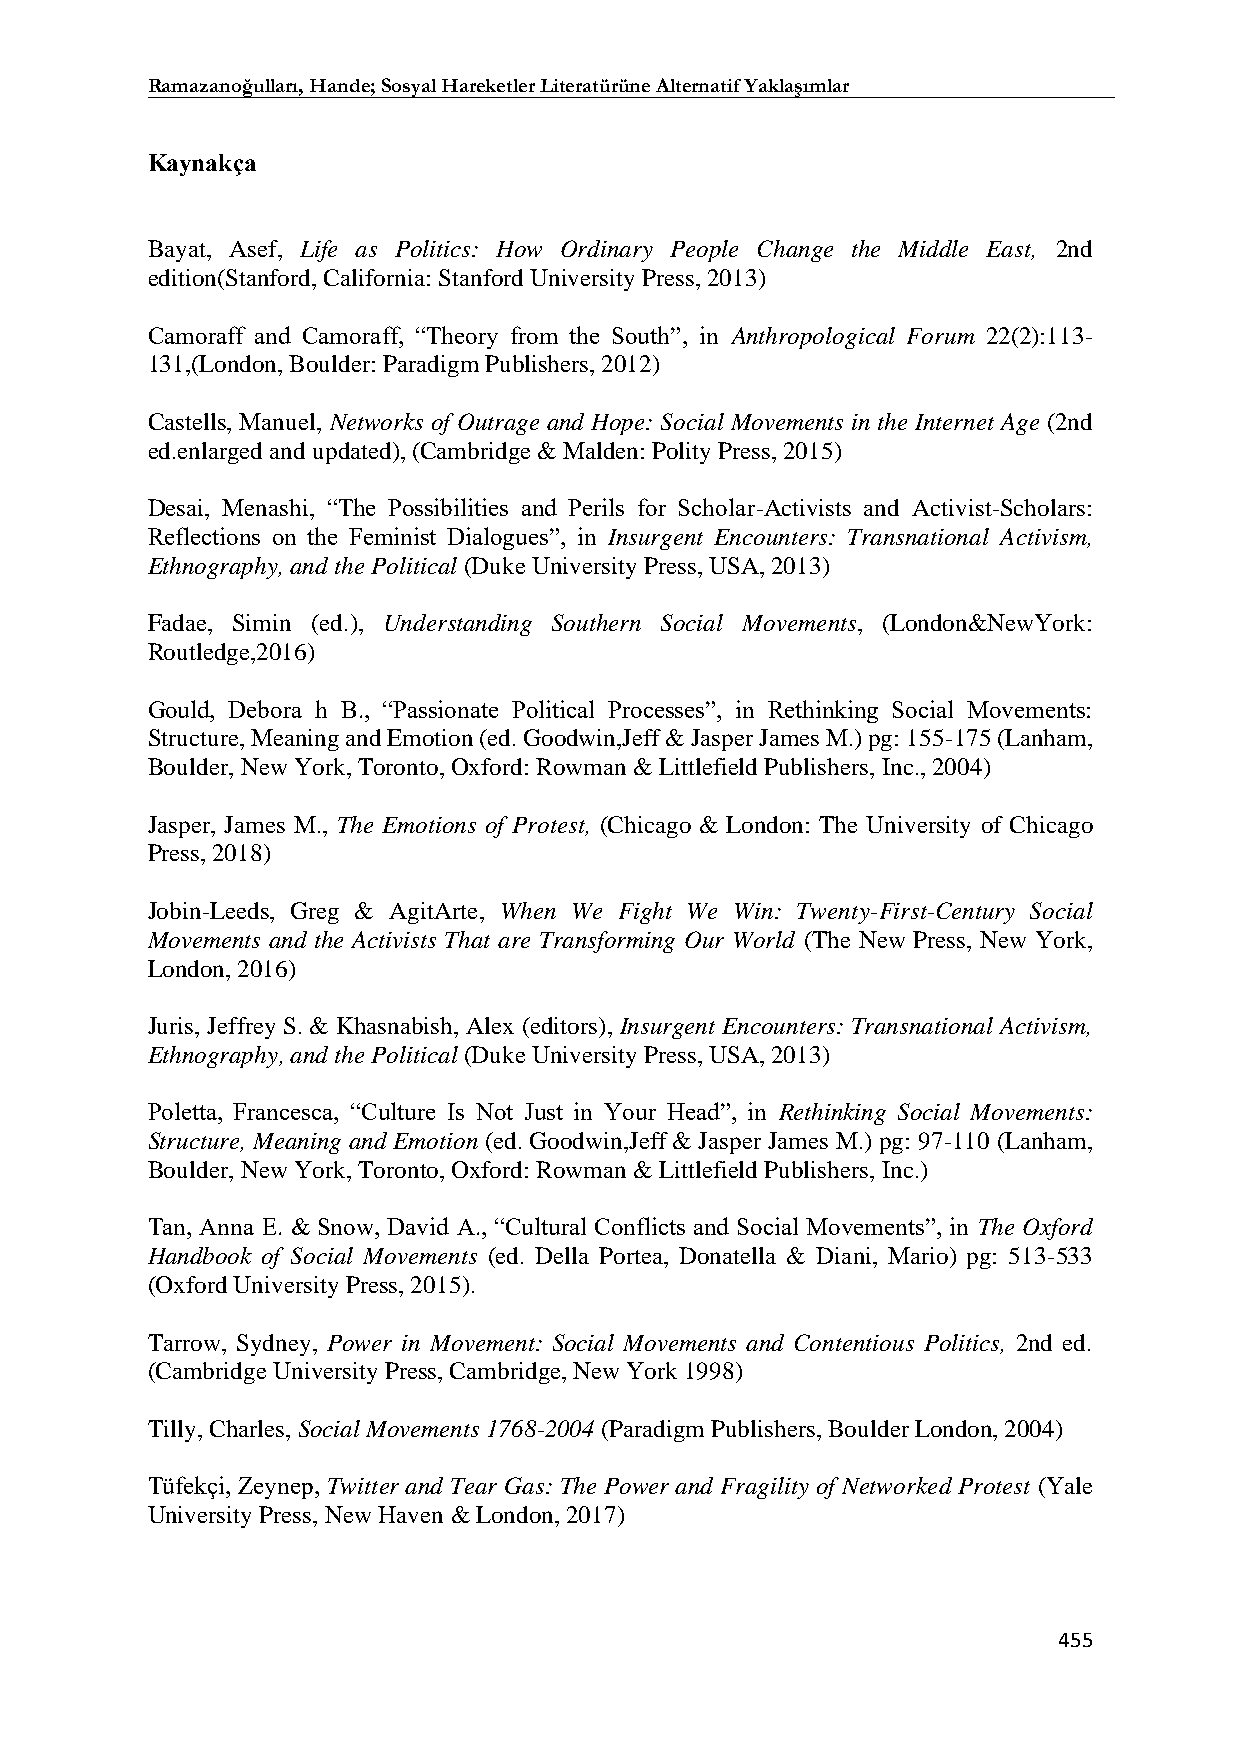
Ramazanoğulları, Hande; Sosyal Hareketler Literatürüne Alternatif Yaklaşımlar
 Kaynakça
 Bayat, Asef, Life as Politics: How Ordinary People Change the Middle East, 2nd
 edition(Stanford, California: Stanford University Press, 2013)
 Camoraff and Camoraff, “Theory from the South”, in Anthropological Forum 22(2):113-
 131,(London, Boulder: Paradigm Publishers, 2012)
 Castells, Manuel, Networks of Outrage and Hope: Social Movements in the Internet Age (2nd
 ed.enlarged and updated), (Cambridge & Malden: Polity Press, 2015)
 Desai, Menashi, “The Possibilities and Perils for Scholar-Activists and Activist-Scholars:
 Reflections on the Feminist Dialogues”, in Insurgent Encounters: Transnational Activism,
 Ethnography, and the Political (Duke University Press, USA, 2013)
 Fadae, Simin (ed.), Understanding Southern Social Movements, (London&NewYork:
 Routledge,2016)
 Gould, Debora h B., “Passionate Political Processes”, in Rethinking Social Movements:
 Structure, Meaning and Emotion (ed. Goodwin,Jeff & Jasper James M.) pg: 155-175 (Lanham,
 Boulder, New York, Toronto, Oxford: Rowman & Littlefield Publishers, Inc., 2004)
 Jasper, James M., The Emotions of Protest, (Chicago & London: The University of Chicago
 Press, 2018)
 Jobin-Leeds, Greg & AgitArte, When We Fight We Win: Twenty-First-Century Social
 Movements and the Activists That are Transforming Our World (The New Press, New York,
 London, 2016)
 Juris, Jeffrey S. & Khasnabish, Alex (editors), Insurgent Encounters: Transnational Activism,
 Ethnography, and the Political (Duke University Press, USA, 2013)
 Poletta, Francesca, “Culture Is Not Just in Your Head”, in Rethinking Social Movements:
 Structure, Meaning and Emotion (ed. Goodwin,Jeff & Jasper James M.) pg: 97-110 (Lanham,
 Boulder, New York, Toronto, Oxford: Rowman & Littlefield Publishers, Inc.)
 Tan, Anna E. & Snow, David A., “Cultural Conflicts and Social Movements”, in The Oxford
 Handbook of Social Movements (ed. Della Portea, Donatella & Diani, Mario) pg: 513-533
 (Oxford University Press, 2015).
 Tarrow, Sydney, Power in Movement: Social Movements and Contentious Politics, 2nd ed.
 (Cambridge University Press, Cambridge, New York 1998)
 Tilly, Charles, Social Movements 1768-2004 (Paradigm Publishers, Boulder London, 2004)
 Tüfekçi, Zeynep, Twitter and Tear Gas: The Power and Fragility of Networked Protest (Yale
 University Press, New Haven & London, 2017)
 455